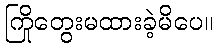
ကြိုတွေးမထားခဲ့မိပေ။